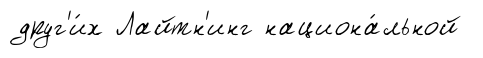
друг'и́х Лайтн'инг национа́льной